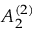
{ A } _ { 2 } ^ { ( 2 ) }